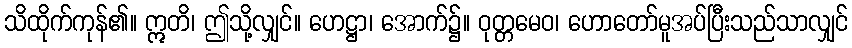
သိထိုက်ကုန်၏။ ဣတိ၊ ဤသို့လျှင်။ ဟေဋ္ဌာ၊ အောက်၌။ ဝုတ္တမေဝ၊ ဟောတော်မူအပ်ပြီးသည်သာလျှင်